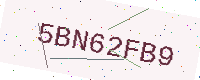
Text: 5BN62FB9